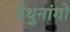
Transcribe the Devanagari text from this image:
मैथुनांगों